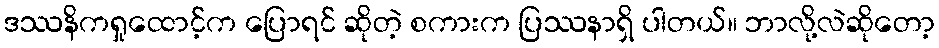
ဒဿနိကရှုထောင့်က ပြောရင် ဆိုတဲ့ စကားက ပြဿနာရှိ ပါတယ်။ ဘာလို့လဲဆိုတော့